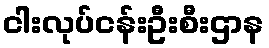
ငါးလုပ်ငန်းဦးစီးဌာန